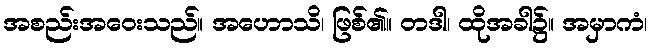
အစည်းအဝေးသည်။ အဟောသိ၊ ဖြစ်၏။ တဒါ၊ ထိုအခါ၌။ အမှာကံ၊